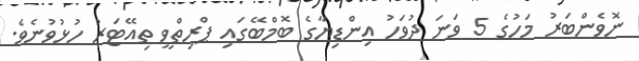
ނޮވެންބަރު މަހުގެ 5 ވަނަ ދުވަހު އިންޑިޔާގެ ބޮމްބޭގައި ޕްރިތްވީ ތިއޭޓަރު ހުޅުވުނެވެ.